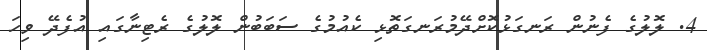
4. ލޮލުގެ ފެނުން ރަނގަޅުކޮށްދޭމުރަނގަތޮޅި ކެއުމުގެ ސަބަބުން ލޮލުގެ ރެޓިނާގައި އުފެދޭ ވިހަ